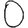
Digit: 0